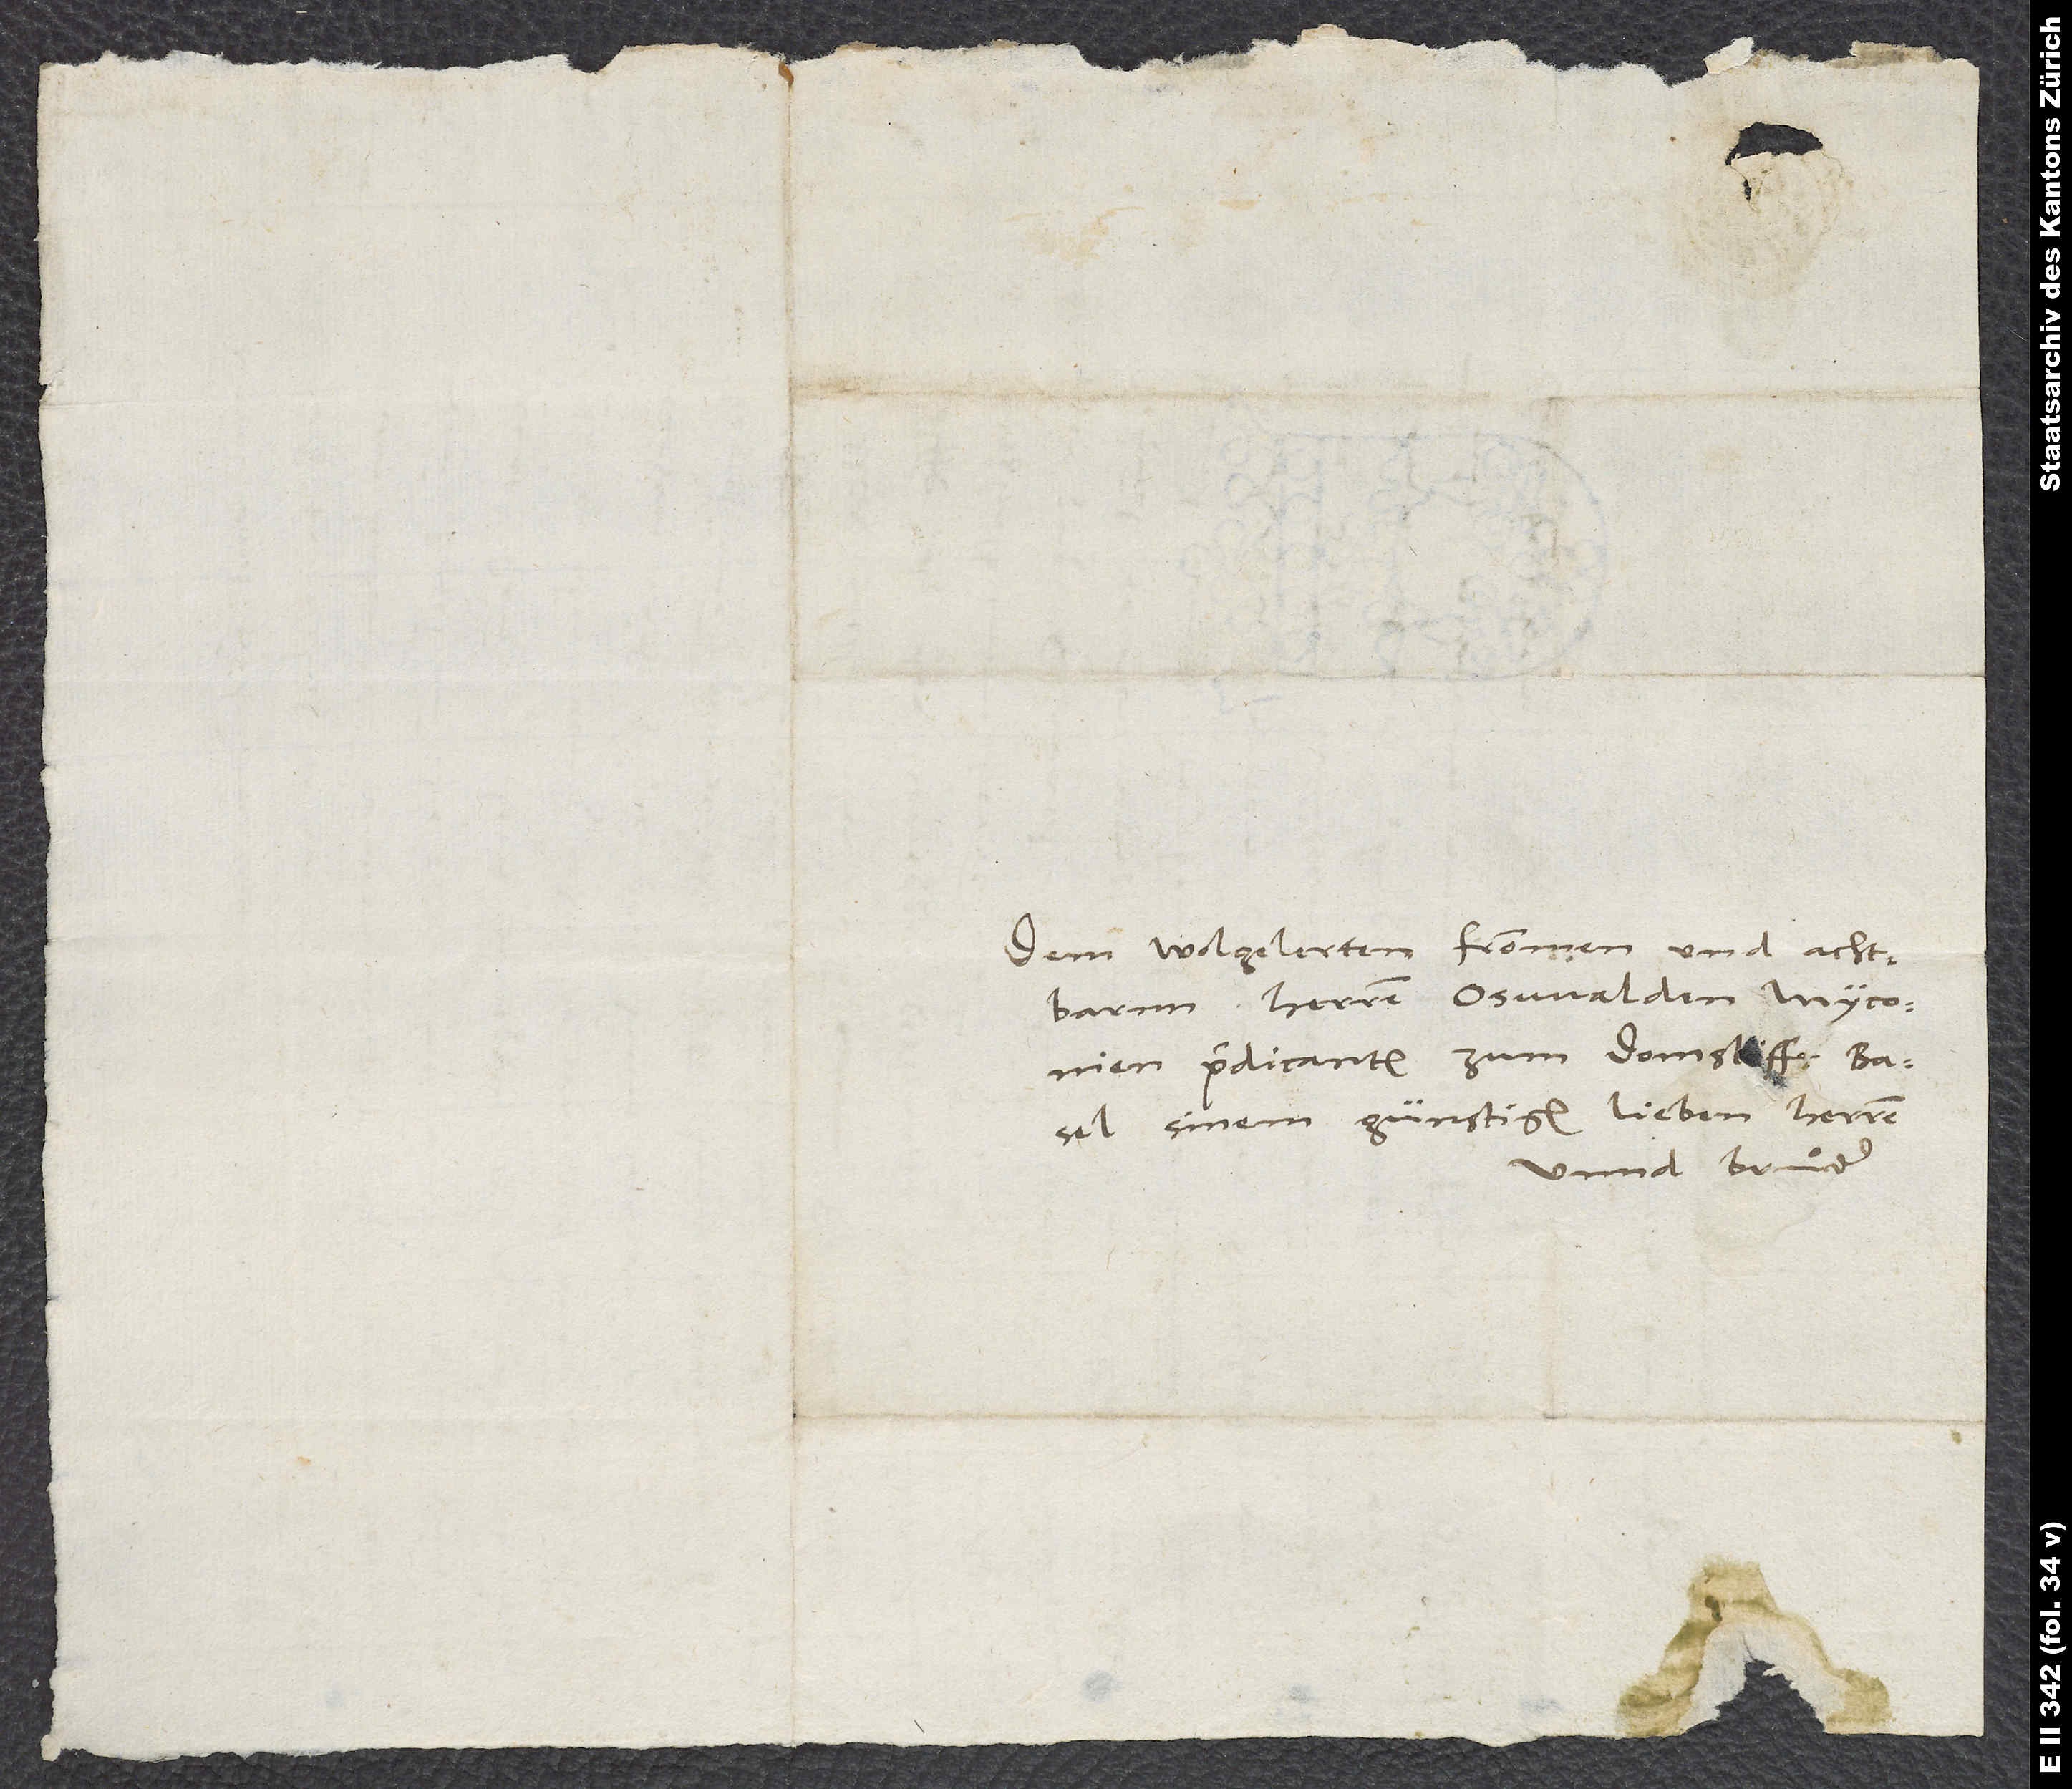
Dem wolgelerten frommen und achtbarnn
herren Oswalden Myconien,
prädicanten zum domstifft Basel,
sinem günstigen lieben herren
unnd bruͦder.